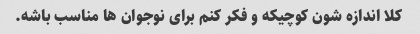
کلا اندازه شون کوچیکه و فکر کنم برای نوجوان ها مناسب باشه.